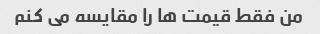
من فقط قیمت ها را مقایسه می کنم